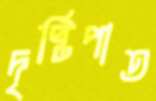
দৃষ্টিপাত